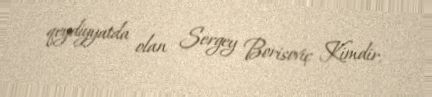
qeydiyyatda olan Sergey Borisoviç Kimdir.